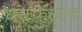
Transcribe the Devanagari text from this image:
घनफुटांत